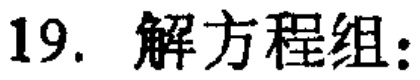
19. 解方程组: